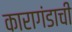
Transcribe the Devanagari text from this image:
कारागंडाची